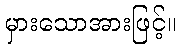
မှားသောအားဖြင့်။